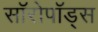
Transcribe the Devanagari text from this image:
सॉरोपॉड्स